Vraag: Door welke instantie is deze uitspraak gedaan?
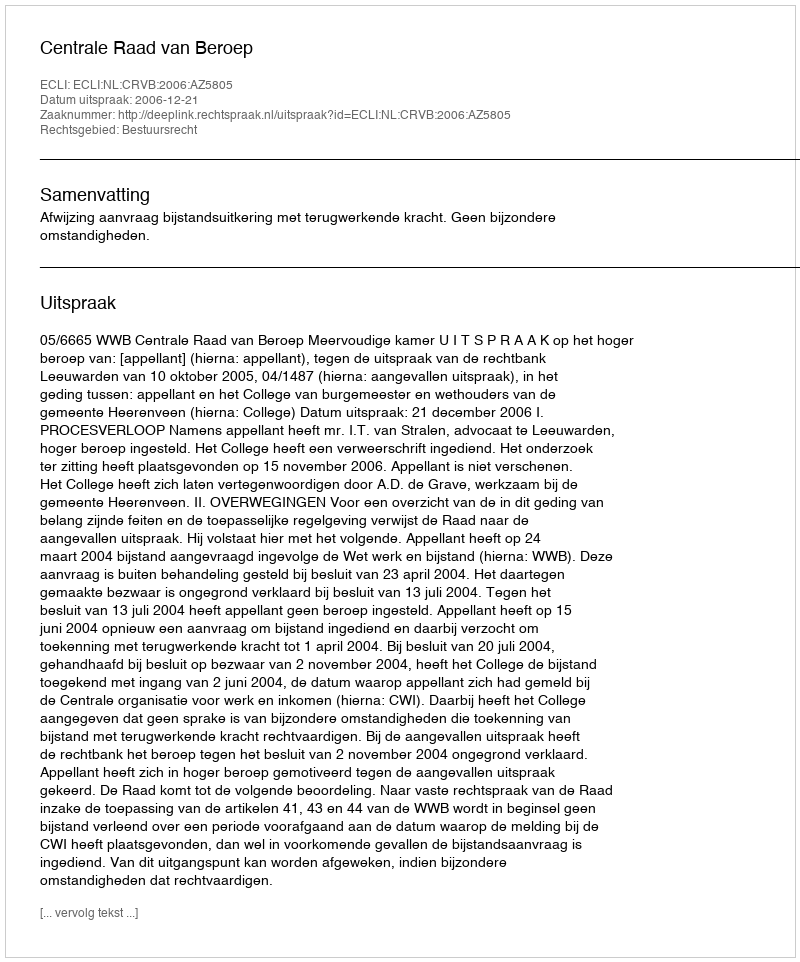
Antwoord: Centrale Raad van Beroep